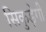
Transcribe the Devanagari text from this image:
सिकुड़ेगी